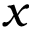
x